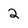
Character: 2